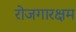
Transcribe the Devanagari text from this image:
रोजगारक्षम